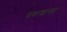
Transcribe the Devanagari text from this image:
प्रकाशासह